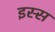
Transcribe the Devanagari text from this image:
इस्स